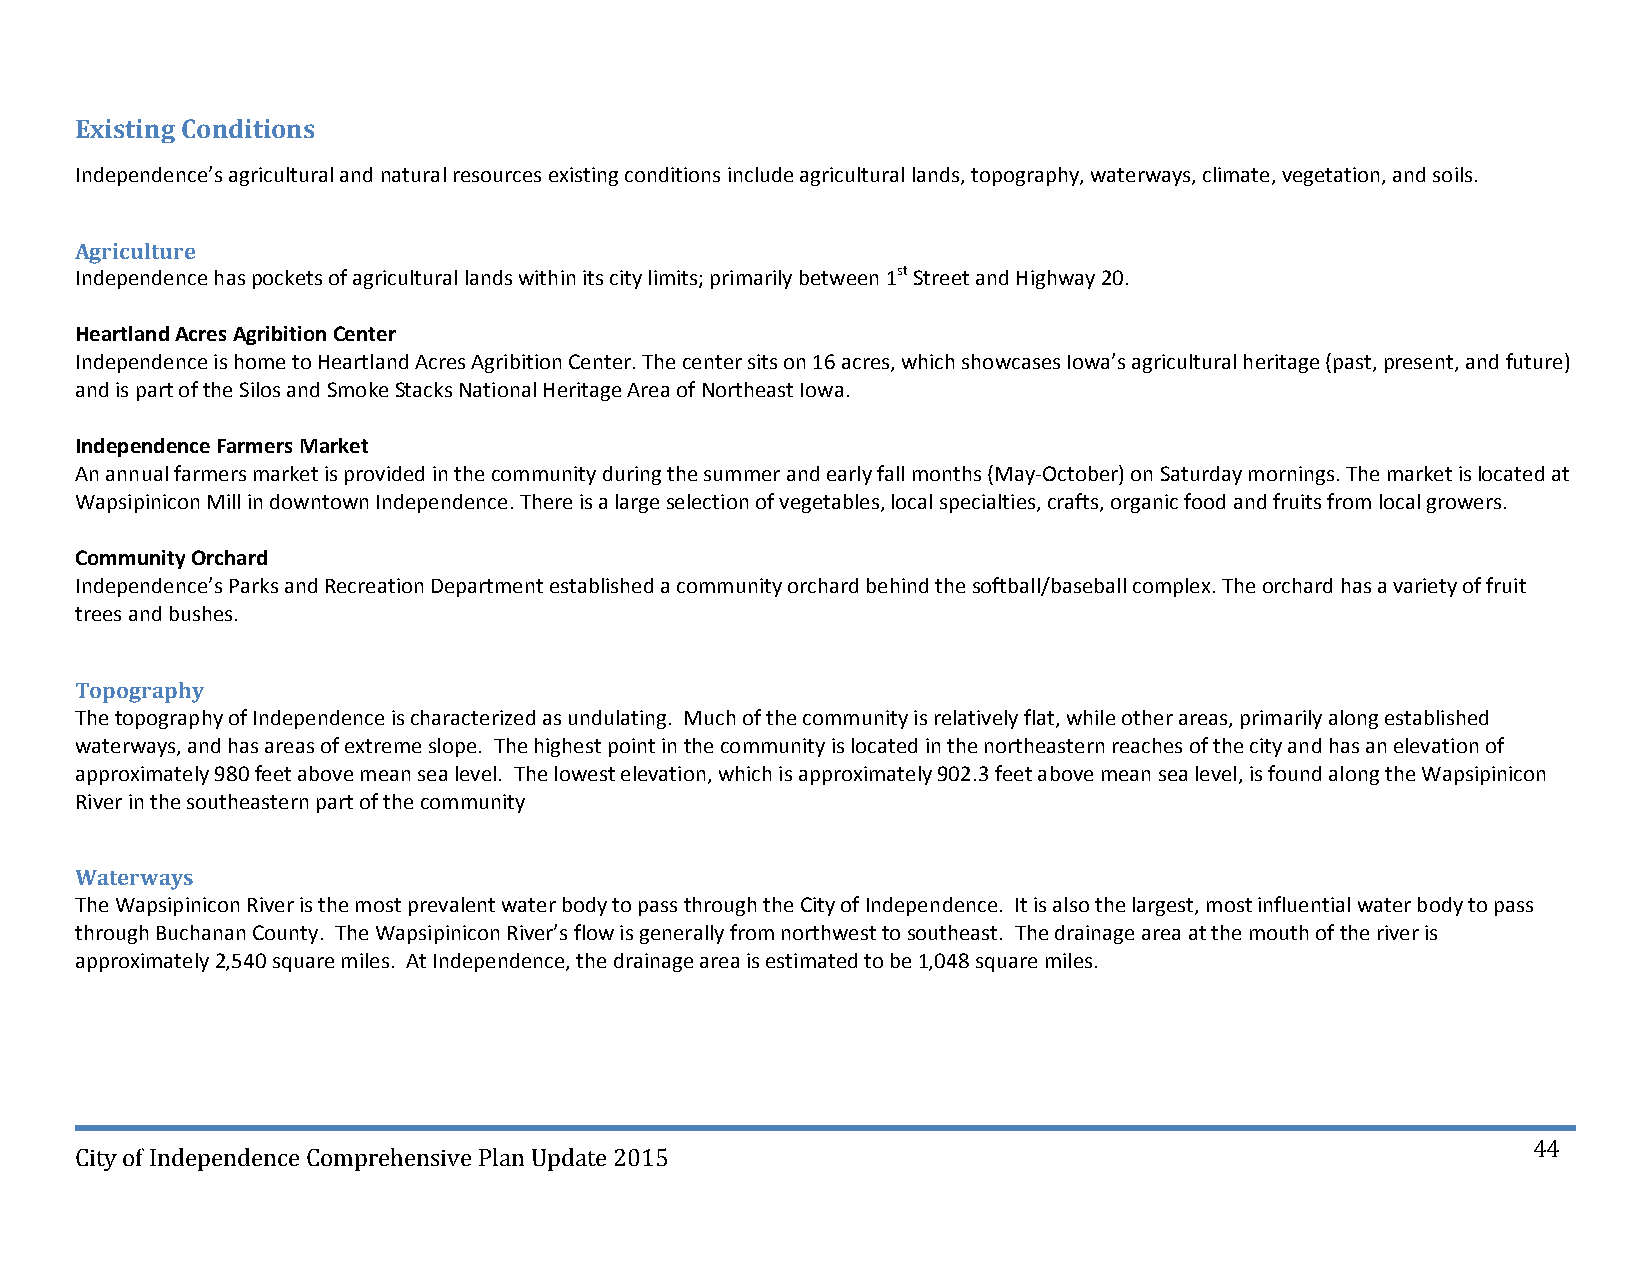
Existing Conditions
 Independence’s agricultural and natural resources existing conditions include agricultural lands, topography, waterways, climate, vegetation, and soils.
 Agriculture
 Independence has pockets of agricultural lands within its city limits; primarily between 1st Street and Highway 20.
 Heartland Acres Agribition Center
 Independence is home to Heartland Acres Agribition Center. The center sits on 16 acres, which showcases Iowa’s agricultural heritage (past, present, and future)
 and is part of the Silos and Smoke Stacks National Heritage Area of Northeast Iowa.
 Independence Farmers Market
 An annual farmers market is provided in the community during the summer and early fall months (May‐October) on Saturday mornings. The market is located at
 Wapsipinicon Mill in downtown Independence. There is a large selection of vegetables, local specialties, crafts, organic food and fruits from local growers.
 Community Orchard
 Independence’s Parks and Recreation Department established a community orchard behind the softball/baseball complex. The orchard has a variety of fruit
 trees and bushes.
 Topography
 The topography of Independence is characterized as undulating. Much of the community is relatively flat, while other areas, primarily along established
 waterways, and has areas of extreme slope. The highest point in the community is located in the northeastern reaches of the city and has an elevation of
 approximately 980 feet above mean sea level. The lowest elevation, which is approximately 902.3 feet above mean sea level, is found along the Wapsipinicon
 River in the southeastern part of the community
 Waterways
 The Wapsipinicon River is the most prevalent water body to pass through the City of Independence. It is also the largest, most influential water body to pass
 through Buchanan County. The Wapsipinicon River’s flow is generally from northwest to southeast. The drainage area at the mouth of the river is
 approximately 2,540 square miles. At Independence, the drainage area is estimated to be 1,048 square miles.
 44
 City of Independence Comprehensive Plan Update 2015